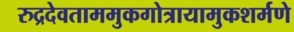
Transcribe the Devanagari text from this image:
रुद्रदेवताममुकगोत्रायामुकशर्मणे